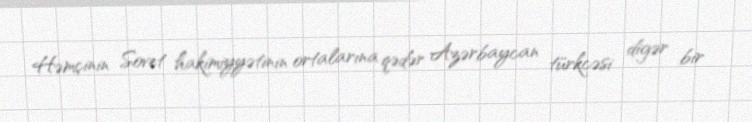
Həmçinin Sovet hakimiyyətinin ortalarına qədər Azərbaycan türkcəsi digər bir